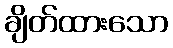
ချိတ်ထားသော